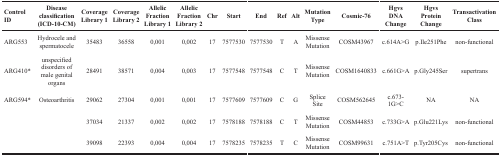
<table><thead><tr><td><b>Control ID</b></td><td><b>Disease classification (ICD-10-CM)</b></td><td><b>Coverage Library 1</b></td><td><b>Coverage Library 2</b></td><td><b>Allelic Fraction Library 1</b></td><td><b>Allelic Fraction Library 2</b></td><td><b>Chr</b></td><td><b>Start</b></td><td><b>End</b></td><td><b>Ref</b></td><td><b>Alt</b></td><td><b>Mutation Type</b></td><td><b>Cosmic-76</b></td><td><b>Hgvs DNA Change</b></td><td><b>Hgvs Protein Change</b></td><td><b>Transactivation Class</b></td></tr></thead><tbody><tr><td>ARG553</td><td>Hydrocele and spermatocele</td><td>35483</td><td>36558</td><td>0,001</td><td>0,002</td><td>17</td><td>7577530</td><td>7577530</td><td>T</td><td>A</td><td>Missense Mutation</td><td>COSM43967</td><td>c.614A&gt;G</td><td>p.Ile251Phe</td><td>non-functional</td></tr><tr><td>ARG410*</td><td>unspecified disorders of male genital organs</td><td>28491</td><td>38571</td><td>0,004</td><td>0,003</td><td>17</td><td>7577548</td><td>7577548</td><td>C</td><td>T</td><td>Missense Mutation</td><td>COSM1640833</td><td>c.661G&gt;A</td><td>p.Gly245Ser</td><td>supertrans</td></tr><tr><td>ARG594*</td><td>Osteoarthritis</td><td>29062</td><td>27304</td><td>0,001</td><td>0,001</td><td>17</td><td>7577609</td><td>7577609</td><td>C</td><td>G</td><td>Splice Site</td><td>COSM562645</td><td>c.673-1G&gt;C</td><td>NA</td><td>NA</td></tr><tr><td>[EMPTY_CELL]</td><td>[EMPTY_CELL]</td><td>37034</td><td>21337</td><td>0,002</td><td>0,002</td><td>17</td><td>7578188</td><td>7578188</td><td>C</td><td>T</td><td>Missense Mutation</td><td>COSM44853</td><td>c.733G&gt;A</td><td>p.Glu221Lys</td><td>non-functional</td></tr><tr><td>[EMPTY_CELL]</td><td>[EMPTY_CELL]</td><td>39098</td><td>22393</td><td>0,004</td><td>0,004</td><td>17</td><td>7578235</td><td>7578235</td><td>T</td><td>C</td><td>Missense Mutation</td><td>COSM99631</td><td>c.751A&gt;T</td><td>p.Tyr205Cys</td><td>non-functional</td></tr></tbody></table>